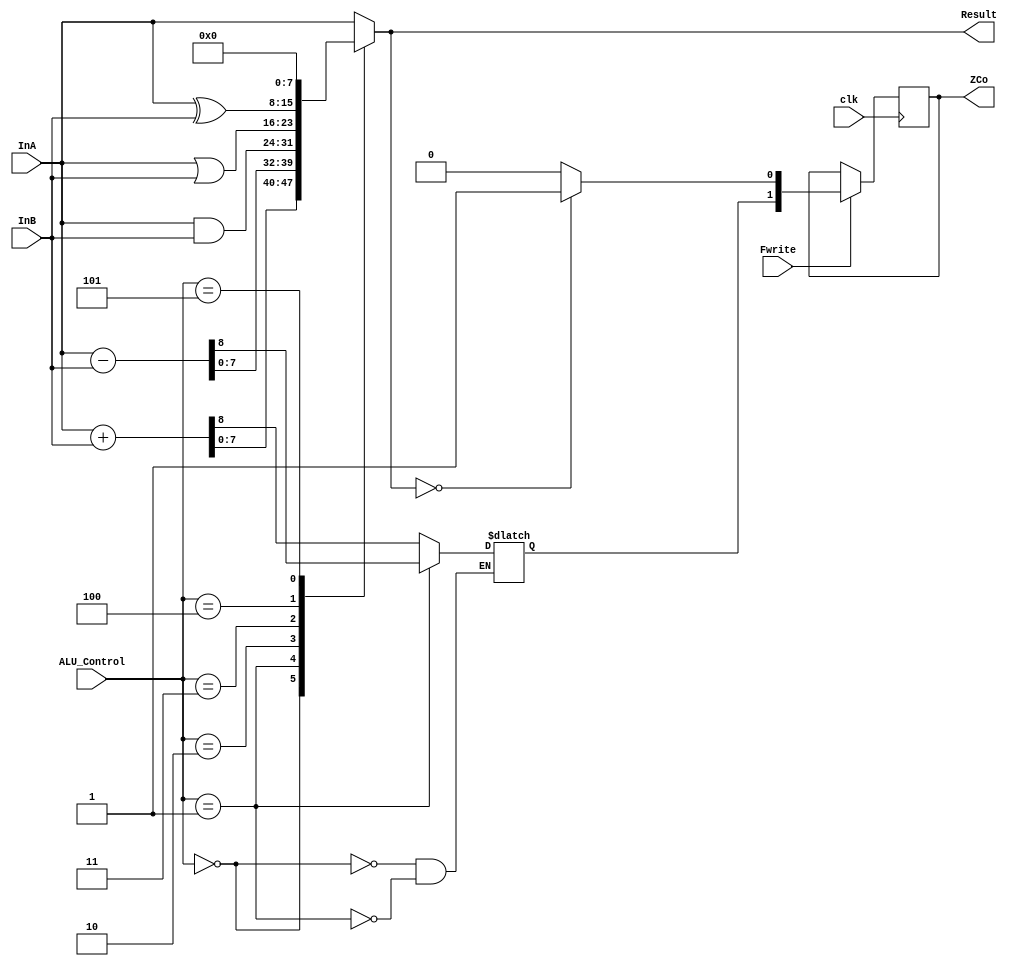
module ALU_2305001(InA,InB,ALU_Control,Result,ZCo,Fwrite,clk);
			output reg[7:0] Result;
			output reg[1:0] ZCo;
			input wire signed [7:0] InA,InB;
			input Fwrite,clk;
			input wire [2:0] ALU_Control;
			reg [1:0] ZC;
			
			always@(posedge clk)begin
			if(Fwrite==1'b1)
				begin
				ZCo=ZC;
				end
			else begin
					ZCo=ZCo;
					end
			
			end
			always@(*)begin
				case(ALU_Control)
					3'b000:	begin 
									{ZC[1],Result[7:0]}=InA+InB;
			
								end
					3'b001:	begin
									{ZC[1],Result[7:0]}=InA-InB;
									
									
								end
												
					3'b010: begin Result=InA&InB;
								ZC[1]=ZC[1];
								end
					3'b011: begin Result=InA|InB;
								ZC[1]=ZC[1];
								end
					3'b100: begin Result=InA^InB;
									ZC[1]=ZC[1];
								end
					3'b101: begin Result=8'h00;
									ZC[1]=ZC[1];
								end
					3'b111: begin Result=InA;//shift
								ZC[1]=ZC[1];
								end
					
					default: begin Result=InA;
								ZC[1]=ZC[1];
								end
				endcase
				if(Result==0)ZC[0]=1;
				else ZC[0]=0;
		end		
		
endmodule